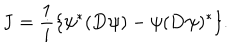
{ \bf J } = \frac { 1 } { i } \{ \psi ^ { * } ( { \bf D } \psi ) - \psi ( { \bf D } \psi ) ^ { * } \} .